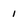
Character: 1